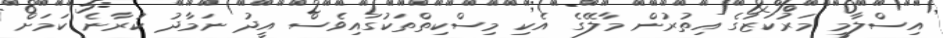
އިސްލާމީ މަރުކަޒުގެ އިތުރުން މާލޭގެ އެކި މިސްކިތްތަކުގައިވެސް އީދު ނަމާދު ކުރާނެ ކަމަށް